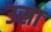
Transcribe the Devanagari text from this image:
उस्रा